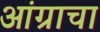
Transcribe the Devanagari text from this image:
आंग्राचा